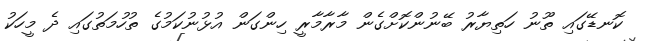
ކޮނޑޭގައި ތޫނު ހަތިޔާރު ބޭނުންކޮށްގެން މާރާމާރީ ހިންގަން އުޅުނުކަމުގެ ތުހުމަތުގައި ދެ މީހަކު